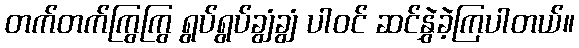
တက်တက်ကြွကြွ ရွပ်ရွပ်ချွံချွံ ပါဝင် ဆင်နွှဲခဲ့ကြပါတယ်။